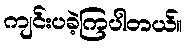
ကျင်းပခဲ့ကြပါတယ်။